Scottish Leaving Certificate Examination, 1951
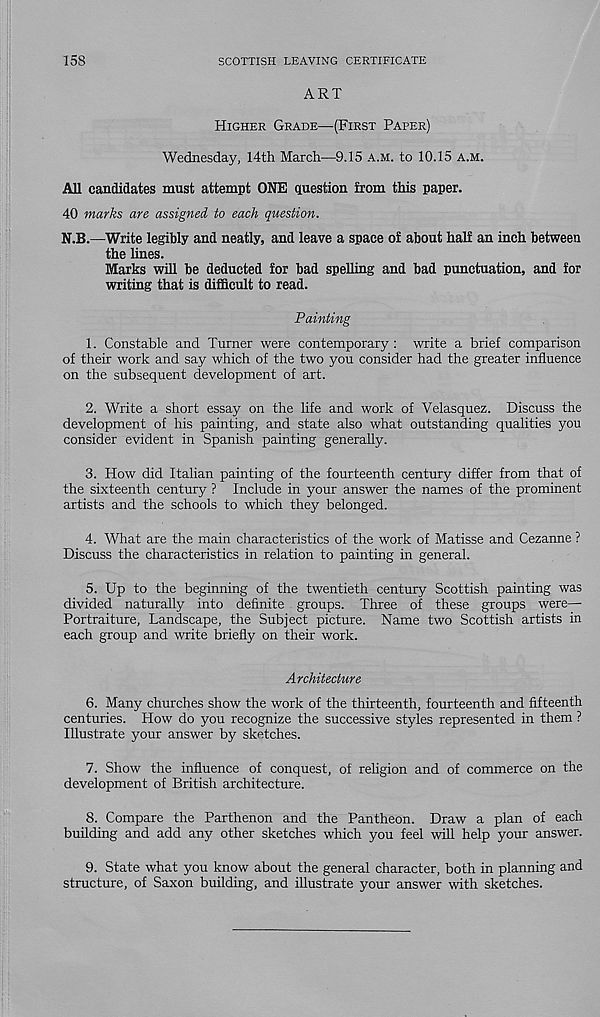
158
SCOTTISH LEAVING CERTIFICATE
ART
Higher Grade—(First Paper)
Wednesday, 14th March—9.15 a.m. to 10.15 a.m.
All candidates must attempt ONE question from this paper.
40 marks are assigned to each question.
N.B.—Write legibly and neatly, and leave a space of about half an inch between
the lines.
Marks will be deducted for bad spelling and bad punctuation, and for
writing that is difficult to read.
Painting
1. Constable and Turner were contemporary : write a brief comparison
of their work and say which of the two you consider had the greater influence
on the subsequent development of art.
2. Write a short essay on the life and work of Velasquez. Discuss the
development of his painting, and state also what outstanding qualities you
consider evident in Spanish painting generally.
3. How did Italian painting of the fourteenth century differ from that of
the sixteenth century ? Include in your answer the names of the prominent
artists and the schools to which they belonged.
4. What are the main characteristics of the work of Matisse and Cezanne ?
Discuss the characteristics in relation to painting in general.
5. Up to the beginning of the twentieth century Scottish painting was
divided naturally into definite groups. Three of these groups were—•
Portraiture, Landscape, the Subject picture. Name two Scottish artists in
each group and write briefly on their work.
Architecture
6. Many churches show the work of the thirteenth, fourteenth and fifteenth
centuries. How do you recognize the successive styles represented in them ?
Illustrate your answer by sketches.
7. Show the influence of conquest, of religion and of commerce on the
development of British architecture.
8. Compare the Parthenon and the Pantheon. Draw a plan of each
building and add any other sketches which you feel will help your answer.
9. State what you know about the general character, both in planning and
structure, of Saxon building, and illustrate your answer with sketches.